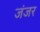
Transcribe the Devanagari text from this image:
जंजर